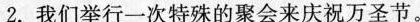
2.我们举行一次特殊的聚会来庆祝万圣节。